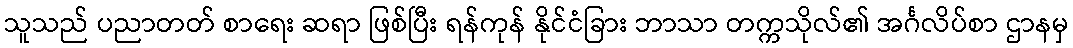
သူသည် ပညာတတ် စာရေး ဆရာ ဖြစ်ပြီး ရန်ကုန် နိုင်ငံခြား ဘာသာ တက္ကသိုလ်၏ အင်္ဂလိပ်စာ ဌာနမှ